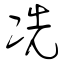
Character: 冼